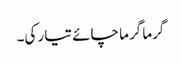
گرما گرما چائے تیار کی۔